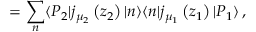
= \sum _ { n } \langle P _ { 2 } | j _ { \mu _ { 2 } } \left( z _ { 2 } \right) | n \rangle \langle n | j _ { \mu _ { 1 } } \left( z _ { 1 } \right) | P _ { 1 } \rangle \, ,